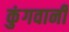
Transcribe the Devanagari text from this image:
कुंगवानी